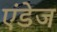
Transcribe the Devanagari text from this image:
एंडेज